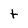
Character: t